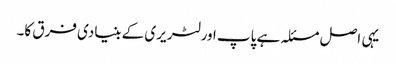
یہی اصل مسئلہ ہے پاپ اور لٹریری کے بنیادی فرق کا۔